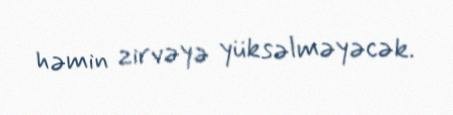
həmin zirvəyə yüksəlməyəcək.